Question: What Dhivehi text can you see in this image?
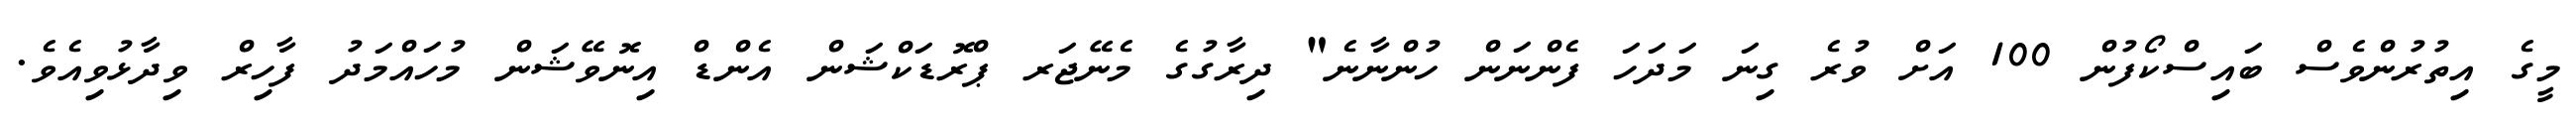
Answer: މީގެ އިތުރުންވެސް ބައިސްކޯފުން 100 އަށް ވުރެ ގިނަ މަދަހަ ފެންނަން ހުންނާނެ" ދިރާގުގެ މެނޭޖަރ ޕްރޮޑަކްޝަން އެންޑް އިނޮވޭޝަން މުހައްމަދު ފާހިރް ވިދާޅުވިއެވެ.